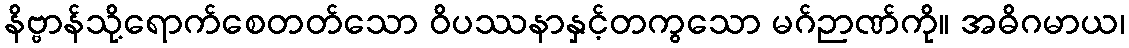
နိဗ္ဗာန်သို့ရောက်စေတတ်သော ဝိပဿနာနှင့်တကွသော မဂ်ဉာဏ်ကို။ အဓိဂမာယ၊